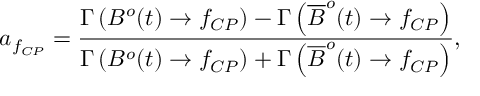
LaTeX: a _ { f _ { C P } } = { \frac { \Gamma \left( B ^ { o } ( t ) \to f _ { C P } \right) - \Gamma \left( \overline { { { B } } } ^ { o } ( t ) \to f _ { C P } \right) } { \Gamma \left( B ^ { o } ( t ) \to f _ { C P } \right) + \Gamma \left( \overline { { { B } } } ^ { o } ( t ) \to f _ { C P } \right) } } ,